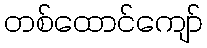
တစ်ထောင်ကျော်